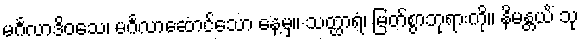
မင်္ဂလာဒိဝသေ၊ မင်္ဂလာဆောင်သော နေ့မှ။ သတ္ထာရံ၊ မြတ်စွာဘုရားကို။ နိမန္တယိံ သု